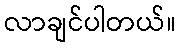
လာချင်ပါတယ်။